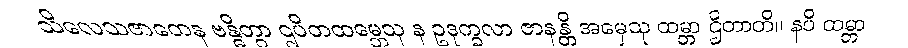
သိလေသဇာတေန ဗန္ဓိတွာ ဌပိတထမ္ဘေသု န ဥဒုက္ခလာ ဇာနန္တိ အမှေသု ထမ္ဘာ ဌိတာတိ။ နပိ ထမ္ဘာ